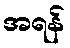
အရန်